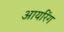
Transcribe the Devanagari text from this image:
आयरिंग